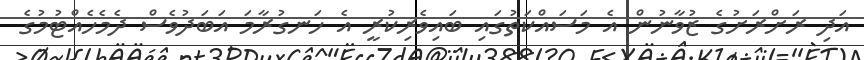
އަދި ރަށްރަށުގެ ޒުވާނުން އެ މަސައްކަތުގައި ބައިވެރިކުރީ އެ ހަނގުރާމަ އަބަދުވެސް ދެމެހެއްޓުމުގެ